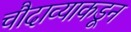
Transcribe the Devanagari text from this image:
चौदाव्याकडून